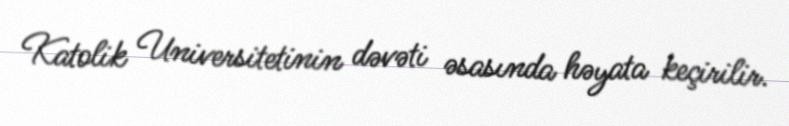
Katolik Universitetinin dəvəti əsasında həyata keçirilir.